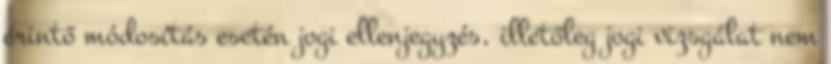
érintő módosítás esetén jogi ellenjegyzés, illetőleg jogi vizsgálat nem